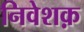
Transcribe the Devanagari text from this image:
निवेशक़